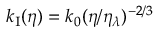
k _ { \mathrm { I } } ( \eta ) = k _ { 0 } ( \eta / \eta _ { \lambda } ) ^ { - 2 / 3 }